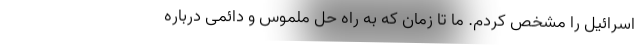
اسرائیل را مشخص کردم. ما تا زمان که به راه حل ملموس و دائمی درباره